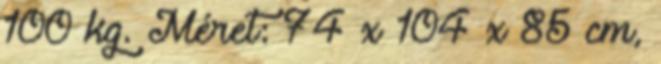
100 kg. Méret: 74 x 104 x 85 cm,